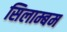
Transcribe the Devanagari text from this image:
सिलाम्बम